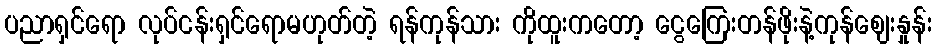
ပညာရှင်ရော လုပ်ငန်းရှင်ရောမဟုတ်တဲ့ ရန်ကုန်သား ကိုထူးကတော့ ငွေကြေးတန်ဖိုးနဲ့ကုန်ဈေးနှုန်း